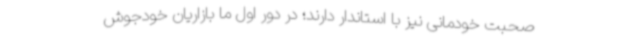
صحبت خودمانی نیز با استاندار دارند؛ در دور اول ما بازاریان خودجوش